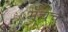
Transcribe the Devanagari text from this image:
मॅचचे